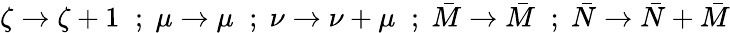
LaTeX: \zeta\rightarrow\zeta+1\; \; ;\; \mu\rightarrow\mu\; \; ;\; \nu\rightarrow\nu+\mu\; \; ;\; \bar{M}\rightarrow\bar{M}\; \; ;\; \bar{N}\rightarrow\bar{N}+\bar{M}